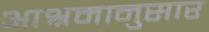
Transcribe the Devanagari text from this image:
आश्रमानुसार